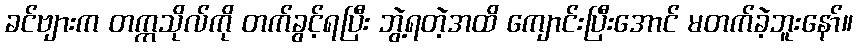
ခင်ဗျားက တက္ကသိုလ်ကို တက်ခွင့်ရပြီး ဘွဲ့ရတဲ့အထိ ကျောင်းပြီးအောင် မတက်ခဲ့ဘူးနော်။